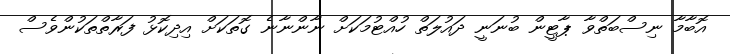
އޮބާމާ ނިސްބަތްވާ ޕާޓީން ބުނަނީ ދައުލަތް ހުއްޓުމަކަށް ނާންނާނެ ގޮތަކަށް އިދިކޮޅު ފަރާތްތަކުންވެސް